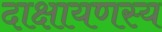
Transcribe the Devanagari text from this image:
दाक्षायणस्य